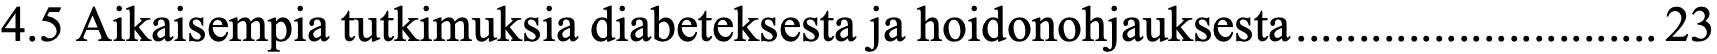
4.5 Aikaisempia tutkimuksia diabeteksesta ja hoidonohjauksesta ............................. 23